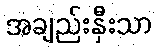
အချည်းနှီးသာ